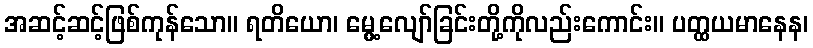
အဆင့်ဆင့်ဖြစ်ကုန်သော။ ရတိယော၊ မွေ့လျော်ခြင်းတို့ကိုလည်းကောင်း။ ပတ္ထယမာနေန၊